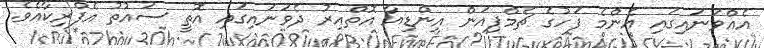
އެއްވަނައިގައި އެންމެ ފަހުގެ ޗެމްޕިއަން އިންޑިއާ އޮތްއިރު ދެވަނައިގައި އޮތީ ސައުތު އެފްރިކާއެވެ.